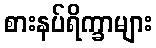
စားနပ်ရိက္ခာများ